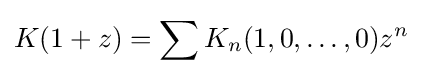
K(1+z)=\sum K_{n}(1,0,\ldots ,0)z^{n}